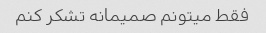
فقط میتونم صمیمانه تشکر کنم‌